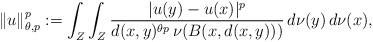
LaTeX: \begin{align*}\Vert u\Vert_{\theta,p}^p:=\int_{Z}\int_{Z}\frac{|u(y)-u(x)|^p}{d(x,y)^{\theta p}\, \nu(B(x,d(x,y)))}\, d\nu(y)\, d\nu(x),\end{align*}